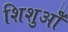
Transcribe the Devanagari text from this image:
शिशुओँ